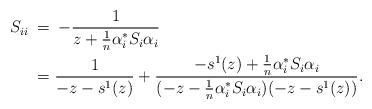
\begin{align*} S_{ii} \: &= \: - \frac{1}{z + \frac{1}{n} \alpha_i^* S_i \alpha_i} \\ &= \frac{1}{-z - s^1(z)} + \frac{- s^1(z) + \frac{1}{n} \alpha_i^* S_i \alpha_i}{(-z - \frac{1}{n} \alpha_i^* S_i \alpha_i)(-z-s^1(z))}. \end{align*}